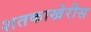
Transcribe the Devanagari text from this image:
शतकाखेरीस